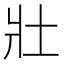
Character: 𡉟